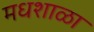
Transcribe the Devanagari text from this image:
मधशाळा